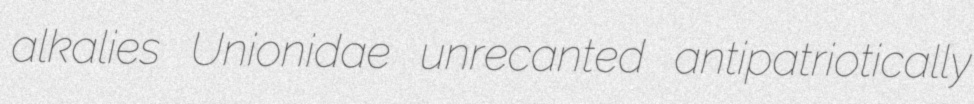
alkalies Unionidae unrecanted antipatriotically